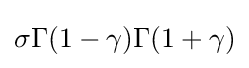
\sigma \Gamma (1-\gamma )\Gamma (1+\gamma )